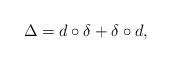
LaTeX: \begin{align*}\Delta = d\circ \delta + \delta \circ d,\end{align*}